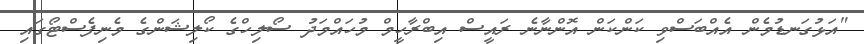
"އަޅުގަނޑުމެން އެއްބަސްވި ކަންކަން އޮންނާނެ ރައީސް އިބްރާހީމް މުހައްމަދު ސޯލިހްގެ ކޯލިޝަންގެ މެނިފެސްޓޯގައި